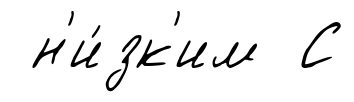
н'и́зк'им С